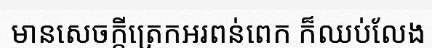
មានសេចក្តីត្រេកអរពន់ពេក ក៏ឈប់លែង